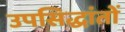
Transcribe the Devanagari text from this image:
उपसिद्धांतों